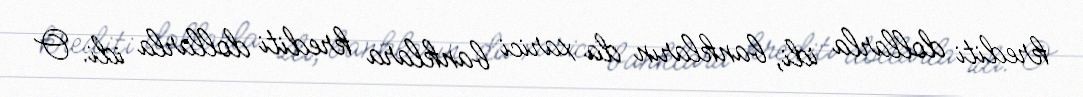
krediti dollarla idi, bankların da xarici banklara krediti dollarla idi. O